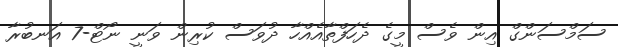
ސަމްސަންގް އިން ވެސް މީގެ ދެހަފްތާއެއްހާ ދުވަސް ކުރިން ވަނީ ނޯޓް-7 އަނބުރާ